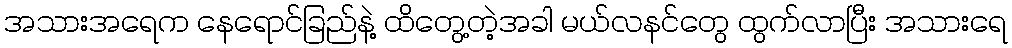
အသားအရေက နေရောင်ခြည်နဲ့ ထိတွေ့တဲ့အခါ မယ်လနင်တွေ ထွက်လာပြီး အသားရေ